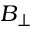
B _ { \perp }